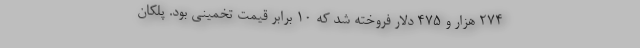
۲۷۴ هزار و ۴۷۵ دلار فروخته شد که ۱۰ برابر قیمت تخمینی بود. پلکان